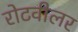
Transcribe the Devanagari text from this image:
रोटवीलर